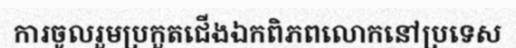
ការចូលរួមប្រកួតជើងឯកពិភពលោកនៅប្រទេស